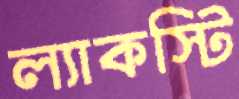
ল্যাকস্টি